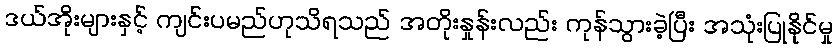
ဒယ်အိုးများနှင့် ကျင်းပမည်ဟုသိရသည် အတိုးနှုန်းလည်း ကုန်သွားခဲ့ပြီး အသုံးပြုနိုင်မှု